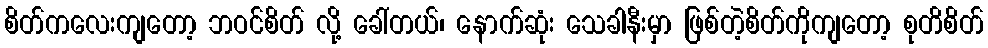
စိတ်ကလေးကျတော့ ဘဝင်စိတ် လို့ ခေါ်တယ်၊ နောက်ဆုံး သေခါနီးမှာ ဖြစ်တဲ့စိတ်ကိုကျတော့ စုတိစိတ်